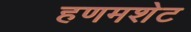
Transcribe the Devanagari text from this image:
हणमशेट